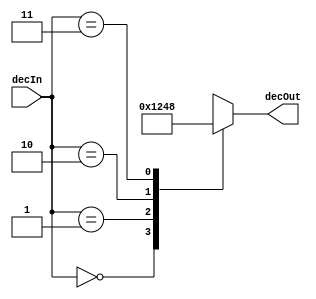
module decoder_4(
	output reg[3:0] decOut,
	input	[1:0] decIn
);
							
							
always @ (decIn)
	begin
		case (decIn)
			0  : decOut<=16'b0000000000000001;
			1  : decOut<=16'b0000000000000010;
			2  : decOut<=16'b0000000000000100;
			3  : decOut<=16'b0000000000001000;
			default: decOut<=16'bx;
		endcase
	end
endmodule